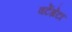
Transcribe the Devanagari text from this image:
वर्टेब्रेटा